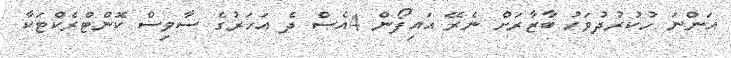
އަންނަ ހުކުރުދުވަހު ބާޒާރަށް ނެރޭ އައިފޯން 4އެސް ދެ އަހަރުގެ ސާވިސް ކޮންޓްރެކްޓަކާ